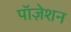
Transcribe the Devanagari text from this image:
पॉज़ेशन